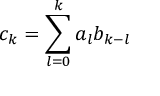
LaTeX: c _ { k } = \sum _ { l = 0 } ^ { k } a _ { l } b _ { k - l }